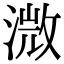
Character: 溦